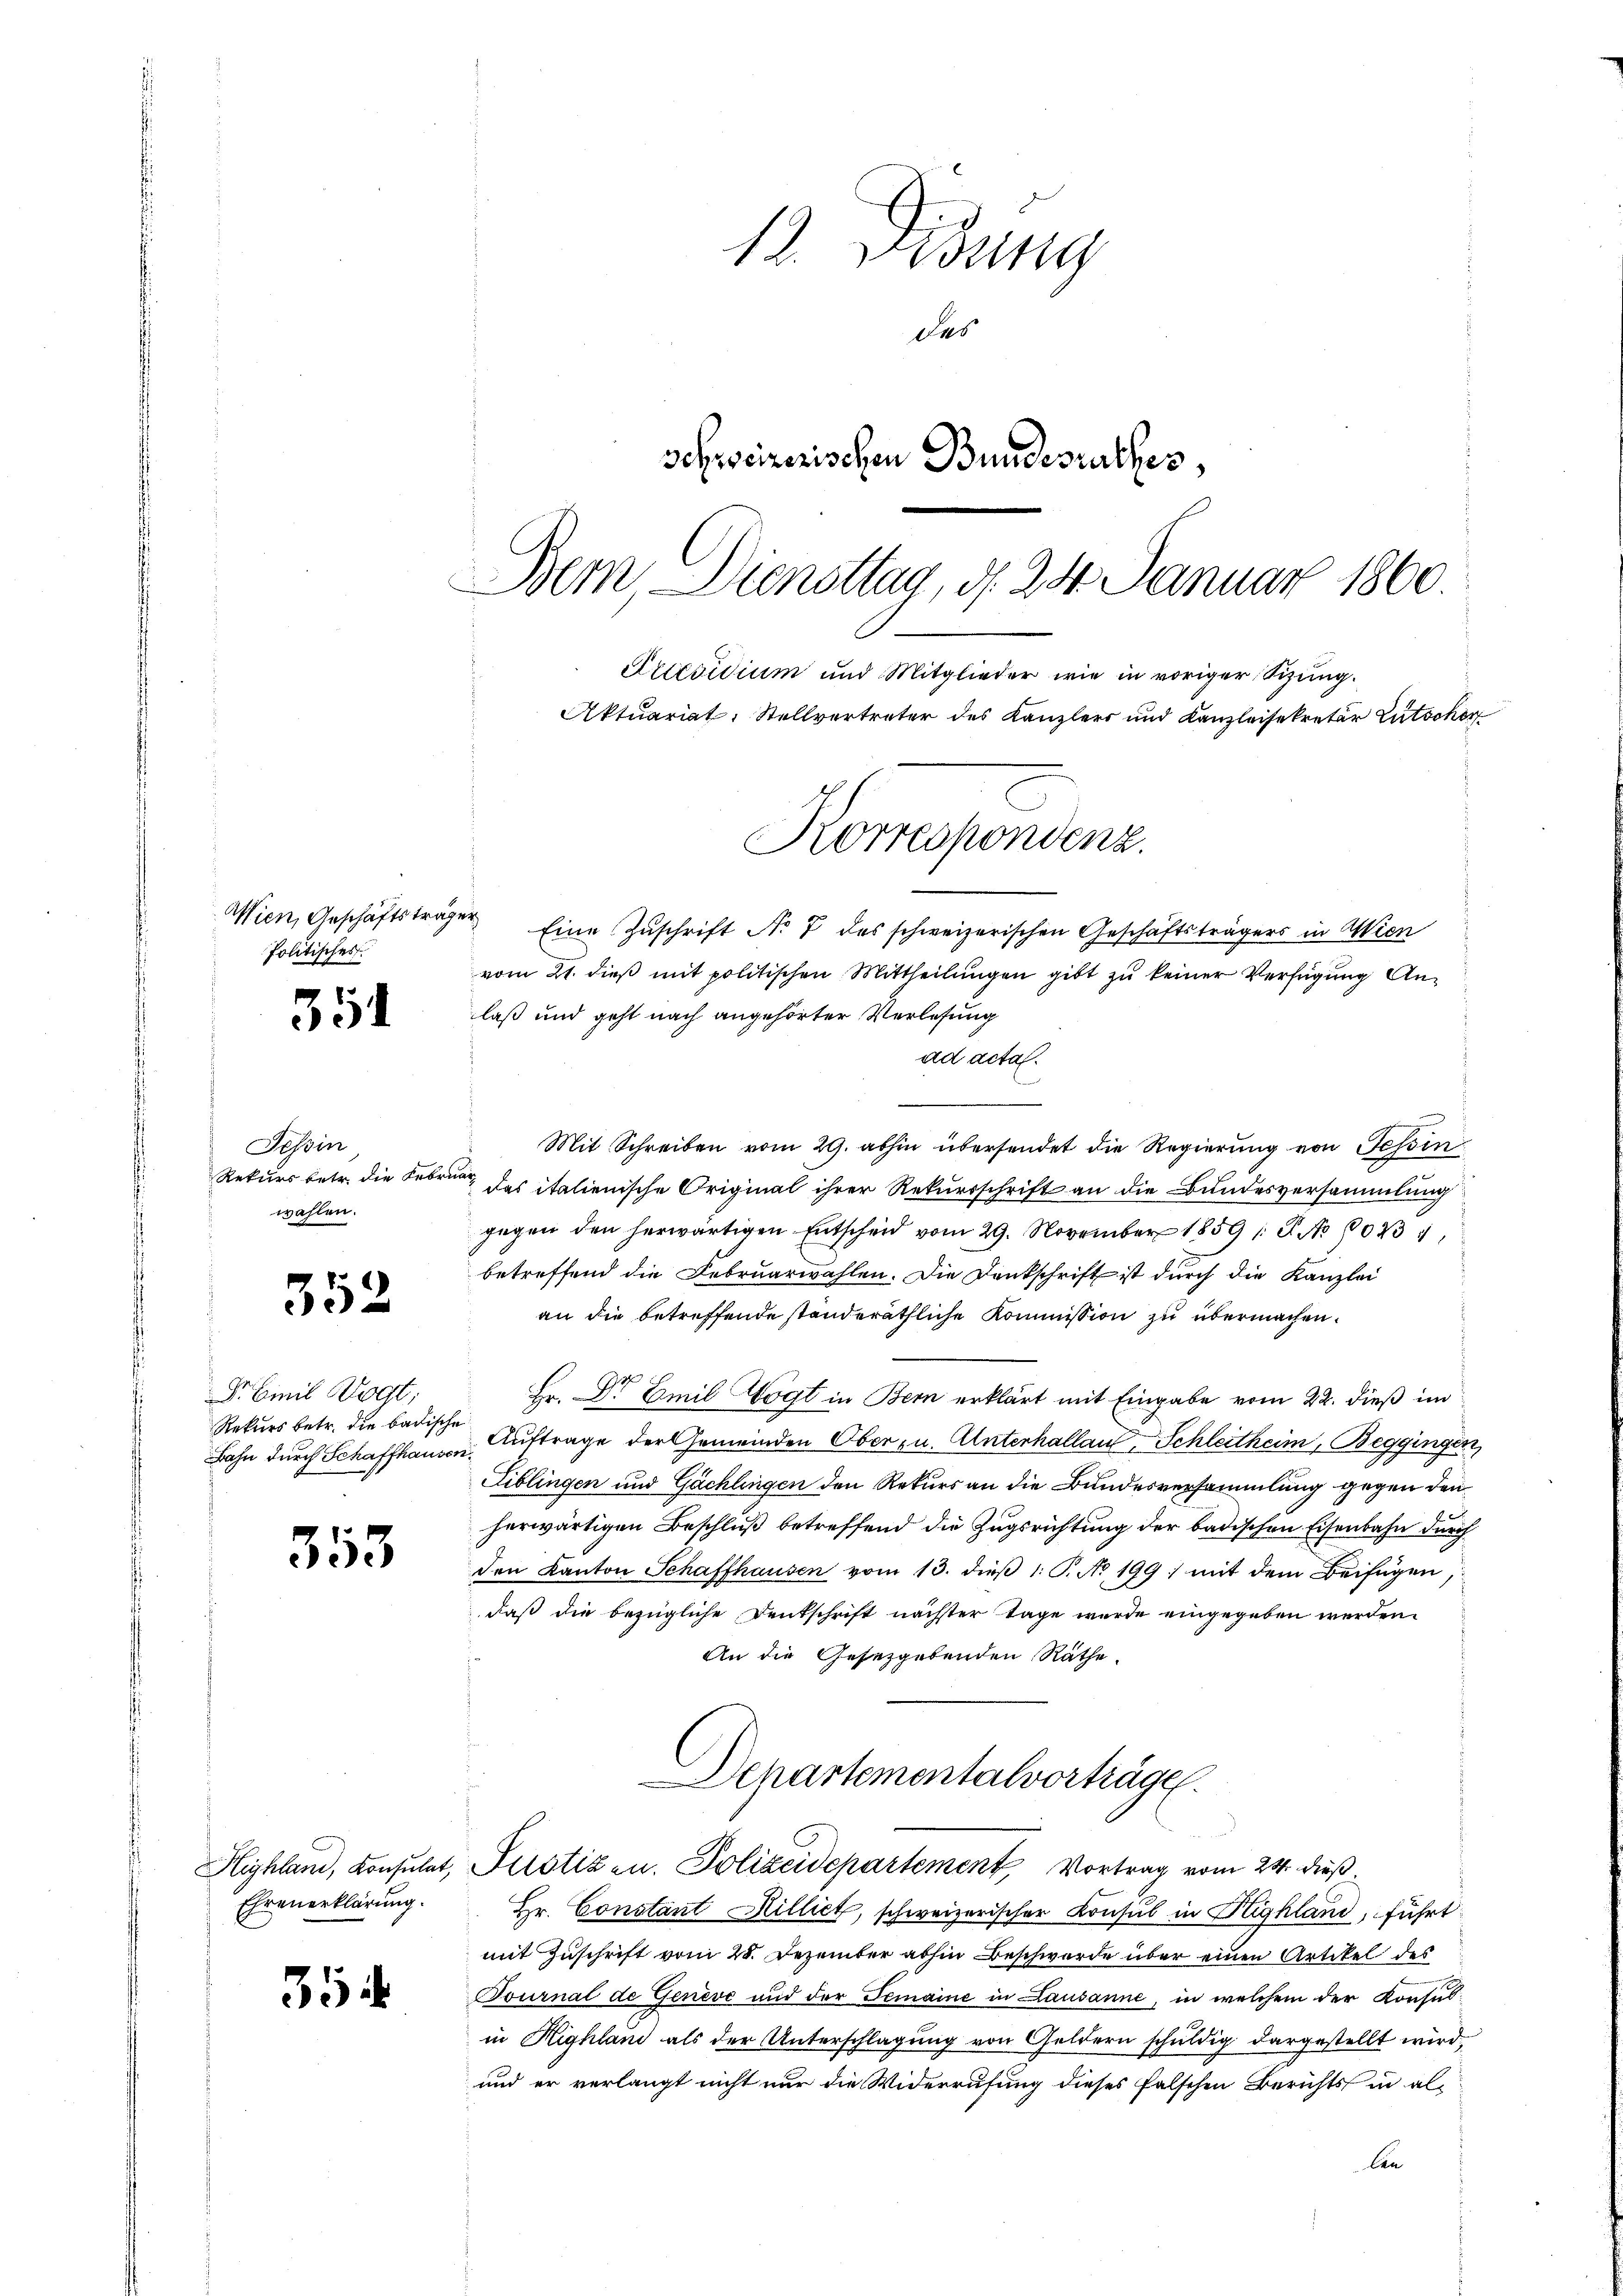
Wien, Geschäftsträg
Politisches

354

Tessin
Rekurs betr. die Febru
wahlen.

352

Sbinil Vogt;
Rekurs betr. die badische
Bahn durch Schaffhausen¬

353

Ehrenerklärung.

35

12. Didung
des
Schreizerischen Bundesrathes,
Bem, Diensttag, d. 24. Januar 1860.

Aktuariat: Stellvertreter des Kanzlers und Kanzleisekretär Litscher
Korrespondenz.

" Eine Zuschrift No 7 des schweizerischen Geschäftsträgers in Wien
vom 21. dieß mit politischen Mittheilungen gibt zu keiner Verfügung Anlaß und geht nach angehörter Verlesung
ad acta.
e
Mit Schreiben vom 29. abhin übersendet die Regierung von Tessin
 das italienische Original ihrer Rekursschrift an die Bundesversammlung
gegen den herwärtigen Entscheid vom 29. November 1859 /: P. No 80231,
betreffend die Februarwahlen. Die Denkschrift ist durch die Kanzlei
an die betreffende standeräthliche Kommission zu übermachen.
Hr. Dr Emil Vogt in Bern erklärt mit Eingabe vom 22. dieß im
Auftrage der Gemeinden Oberzu. Unterhallau, Schleitheim, Beggingen,
Fiblingen und Gächlingen den Rekurs an die Bundesversammlung gegen den
herwärtigen Beschluß betreffend die Zugsrichtung der badischen Eisenbahn durch
den Kanton Schaffhausen vom 13. dieβ 1: P. No. 199. mit dem Beifügen,
daß die bezügliche Denkschrift nächster Tage wurde eingegeben werden.
An die Gesetzgebenden Rathe
Departementalvorträge
Highlan, Konsulat, Justizen. Polizeidepartement, Vortrag vom 24. dieß
Hr. Constant Hilliet, schweizerischer Konsul in Highland, führt
mit Zuschrift vom 28. Dezember abhin Beschwerde über einen Artikel des
Tournal de Genève und der Gemaine in Lausanne, in welchem der Konfus
in Highland als der Unterschlagung von Geldern schuldig dargestellt wird,
und er verlangt nicht nur die Widerrufung dieses falschen Berichts in allen

Artevidium und Mitglieder wie in voriger Sizung.